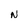
Character: N